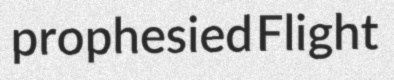
prophesied Flight